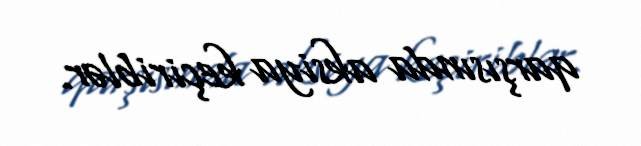
qarşısında aksiya keçiriblər.